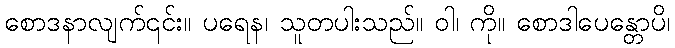
စောဒနာလျက်၎င်း။ ပရေန၊ သူတပါးသည်။ ဝါ၊ ကို။ စောဒါပေန္တောပိ၊